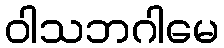
ဝါသဘဂါမေ